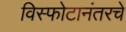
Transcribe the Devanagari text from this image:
विस्फोटानंतरचे